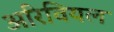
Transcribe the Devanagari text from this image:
अरिवियल